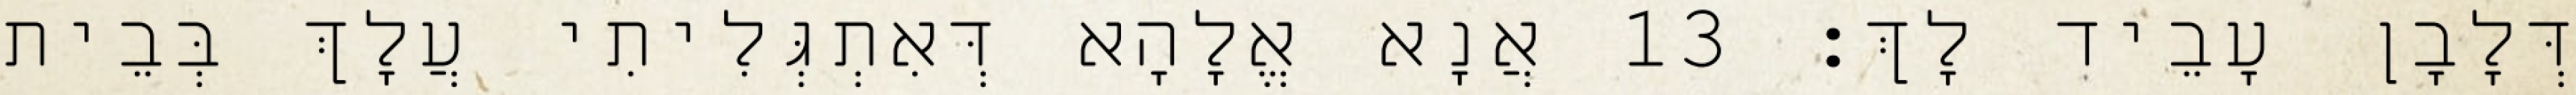
דְּלָבָן עָבֵיד לָךְ׃ 13 אֲנָא אֱלָהָא דְּאִתְגְּלִיתִי עֲלָךְ בְּבֵית